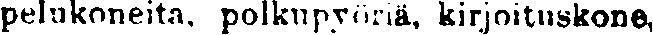
pelukoneita, polkupyöriä, kirjoituskone,